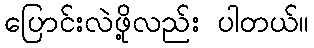
ပြောင်းလဲဖို့လည်း ပါတယ်။